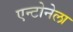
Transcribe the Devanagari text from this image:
एन्टोनेला